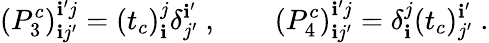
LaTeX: (P_{3}^{c})_{\mathbf{i}j^{\prime}}^{\mathbf{i}^{\prime}j}=(t_{c})_{\mathbf{i}}^{j}\delta_{j^{\prime}}^{\mathbf{i}^{\prime}}~,\qquad(P_{4}^{c})_{\mathbf{i}j^{\prime}}^{\mathbf{i}^{\prime}j}=\delta_{\mathbf{i}}^{j}(t_{c})_{j^{\prime}}^{\mathbf{i}^{\prime}}~.